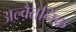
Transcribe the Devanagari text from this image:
अल्वैतनिक